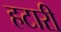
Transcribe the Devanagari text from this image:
हटारी